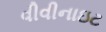
વીવીનાઇટ